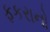
ફકરાનો